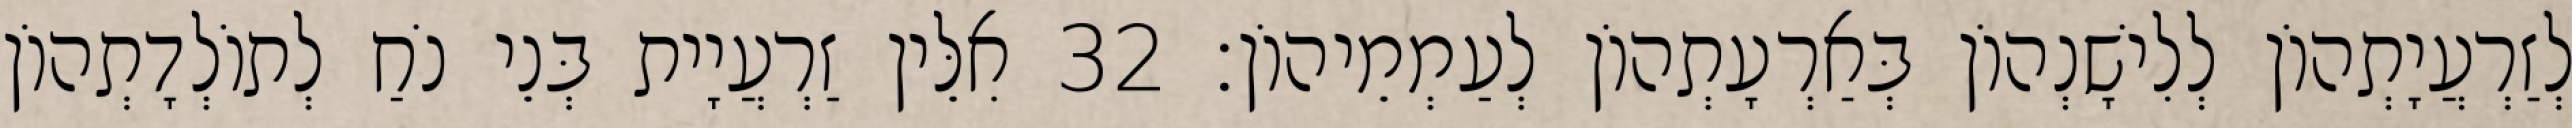
לְזַרְעֲיָתְהוֹן לְלִישָׁנְהוֹן בְּאַרְעָתְהוֹן לְעַמְמֵיהוֹן׃ 32 אִלֵּין זַרְעֲיָית בְּנֵי נֹחַ לְתוֹלְדָתְהוֹן